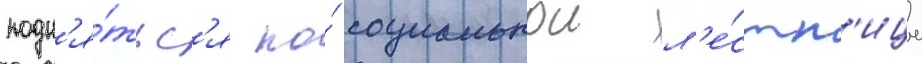
подн'я́тьс'я по́ социальнои л'е́стн'ице